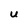
Character: U